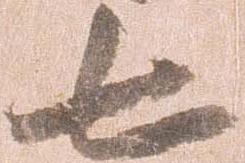
七